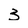
Character: 3